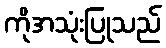
ကိုအသုံးပြုသည်